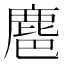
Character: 𪊚